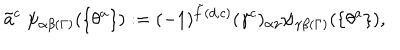
LaTeX: \tilde { a } ^ { c } \; \psi _ { \alpha \beta ( \Gamma ) } ( \{ \theta ^ { a } \} ) : = ( - 1 ) ^ { \tilde { f } ( d , c ) } ( \gamma ^ { c } ) _ { \alpha \gamma } \psi _ { \gamma \beta ( \Gamma ) } ( \{ \theta ^ { a } \} ) ,